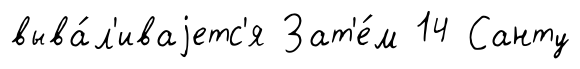
выва́л'иваjетс'я Зат'е́м 14 Санту